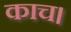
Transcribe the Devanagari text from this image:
काच।